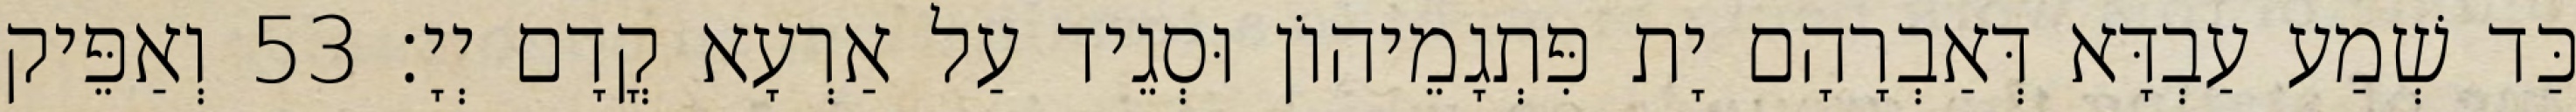
כַּד שְׁמַע עַבְדָּא דְּאַבְרָהָם יָת פִּתְגָמֵיהוֹן וּסְגֵיד עַל אַרְעָא קֳדָם יְיָ׃ 53 וְאַפֵּיק